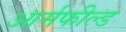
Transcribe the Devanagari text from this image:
आर्मफील्ड